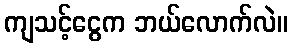
ကျသင့်ငွေက ဘယ်လောက်လဲ။